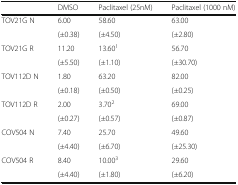
|  | DMSO | Paclitaxel (25nM) | Paclitaxel (1000 nM) |
 | --- | --- | --- | --- |
 | <ROWSPAN=2> TOV21G N | 6.00 | 58.60 | 63.00 |
 | (±0.38) | (±4.50) | (±2.80) |
 | <ROWSPAN=2> TOV21G R | 11.20 | 13.601 | 56.70 |
 | (±5.50) | (±1.10) | (±30.70) |
 | <ROWSPAN=2> TOV112D N | 1.80 | 63.20 | 82.00 |
 | (±0.18) | (±0.50) | (±0.25) |
 | <ROWSPAN=2> TOV112D R | 2.00 | 3.702 | 69.00 |
 | (±0.27) | (±0.57) | (±0.87) |
 | <ROWSPAN=2> COV504 N | 7.40 | 25.70 | 49.60 |
 | (±4.40) | (±6.70) | (±25.30) |
 | <ROWSPAN=2> COV504 R | 8.40 | 10.003 | 29.60 |
 | (±4.40) | (±1.80) | (±6.20) |